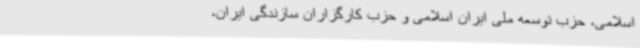
اسلامی، حزب توسعه ملی ایران اسلامی و حزب کارگزاران سازندگی ایران،